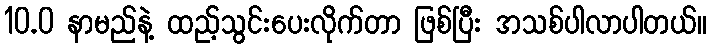
10.0 နာမည်နဲ့ ထည့်သွင်းပေးလိုက်တာ ဖြစ်ပြီး အသစ်ပါလာပါတယ်။